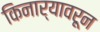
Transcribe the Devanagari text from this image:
किनार्‍यावरून